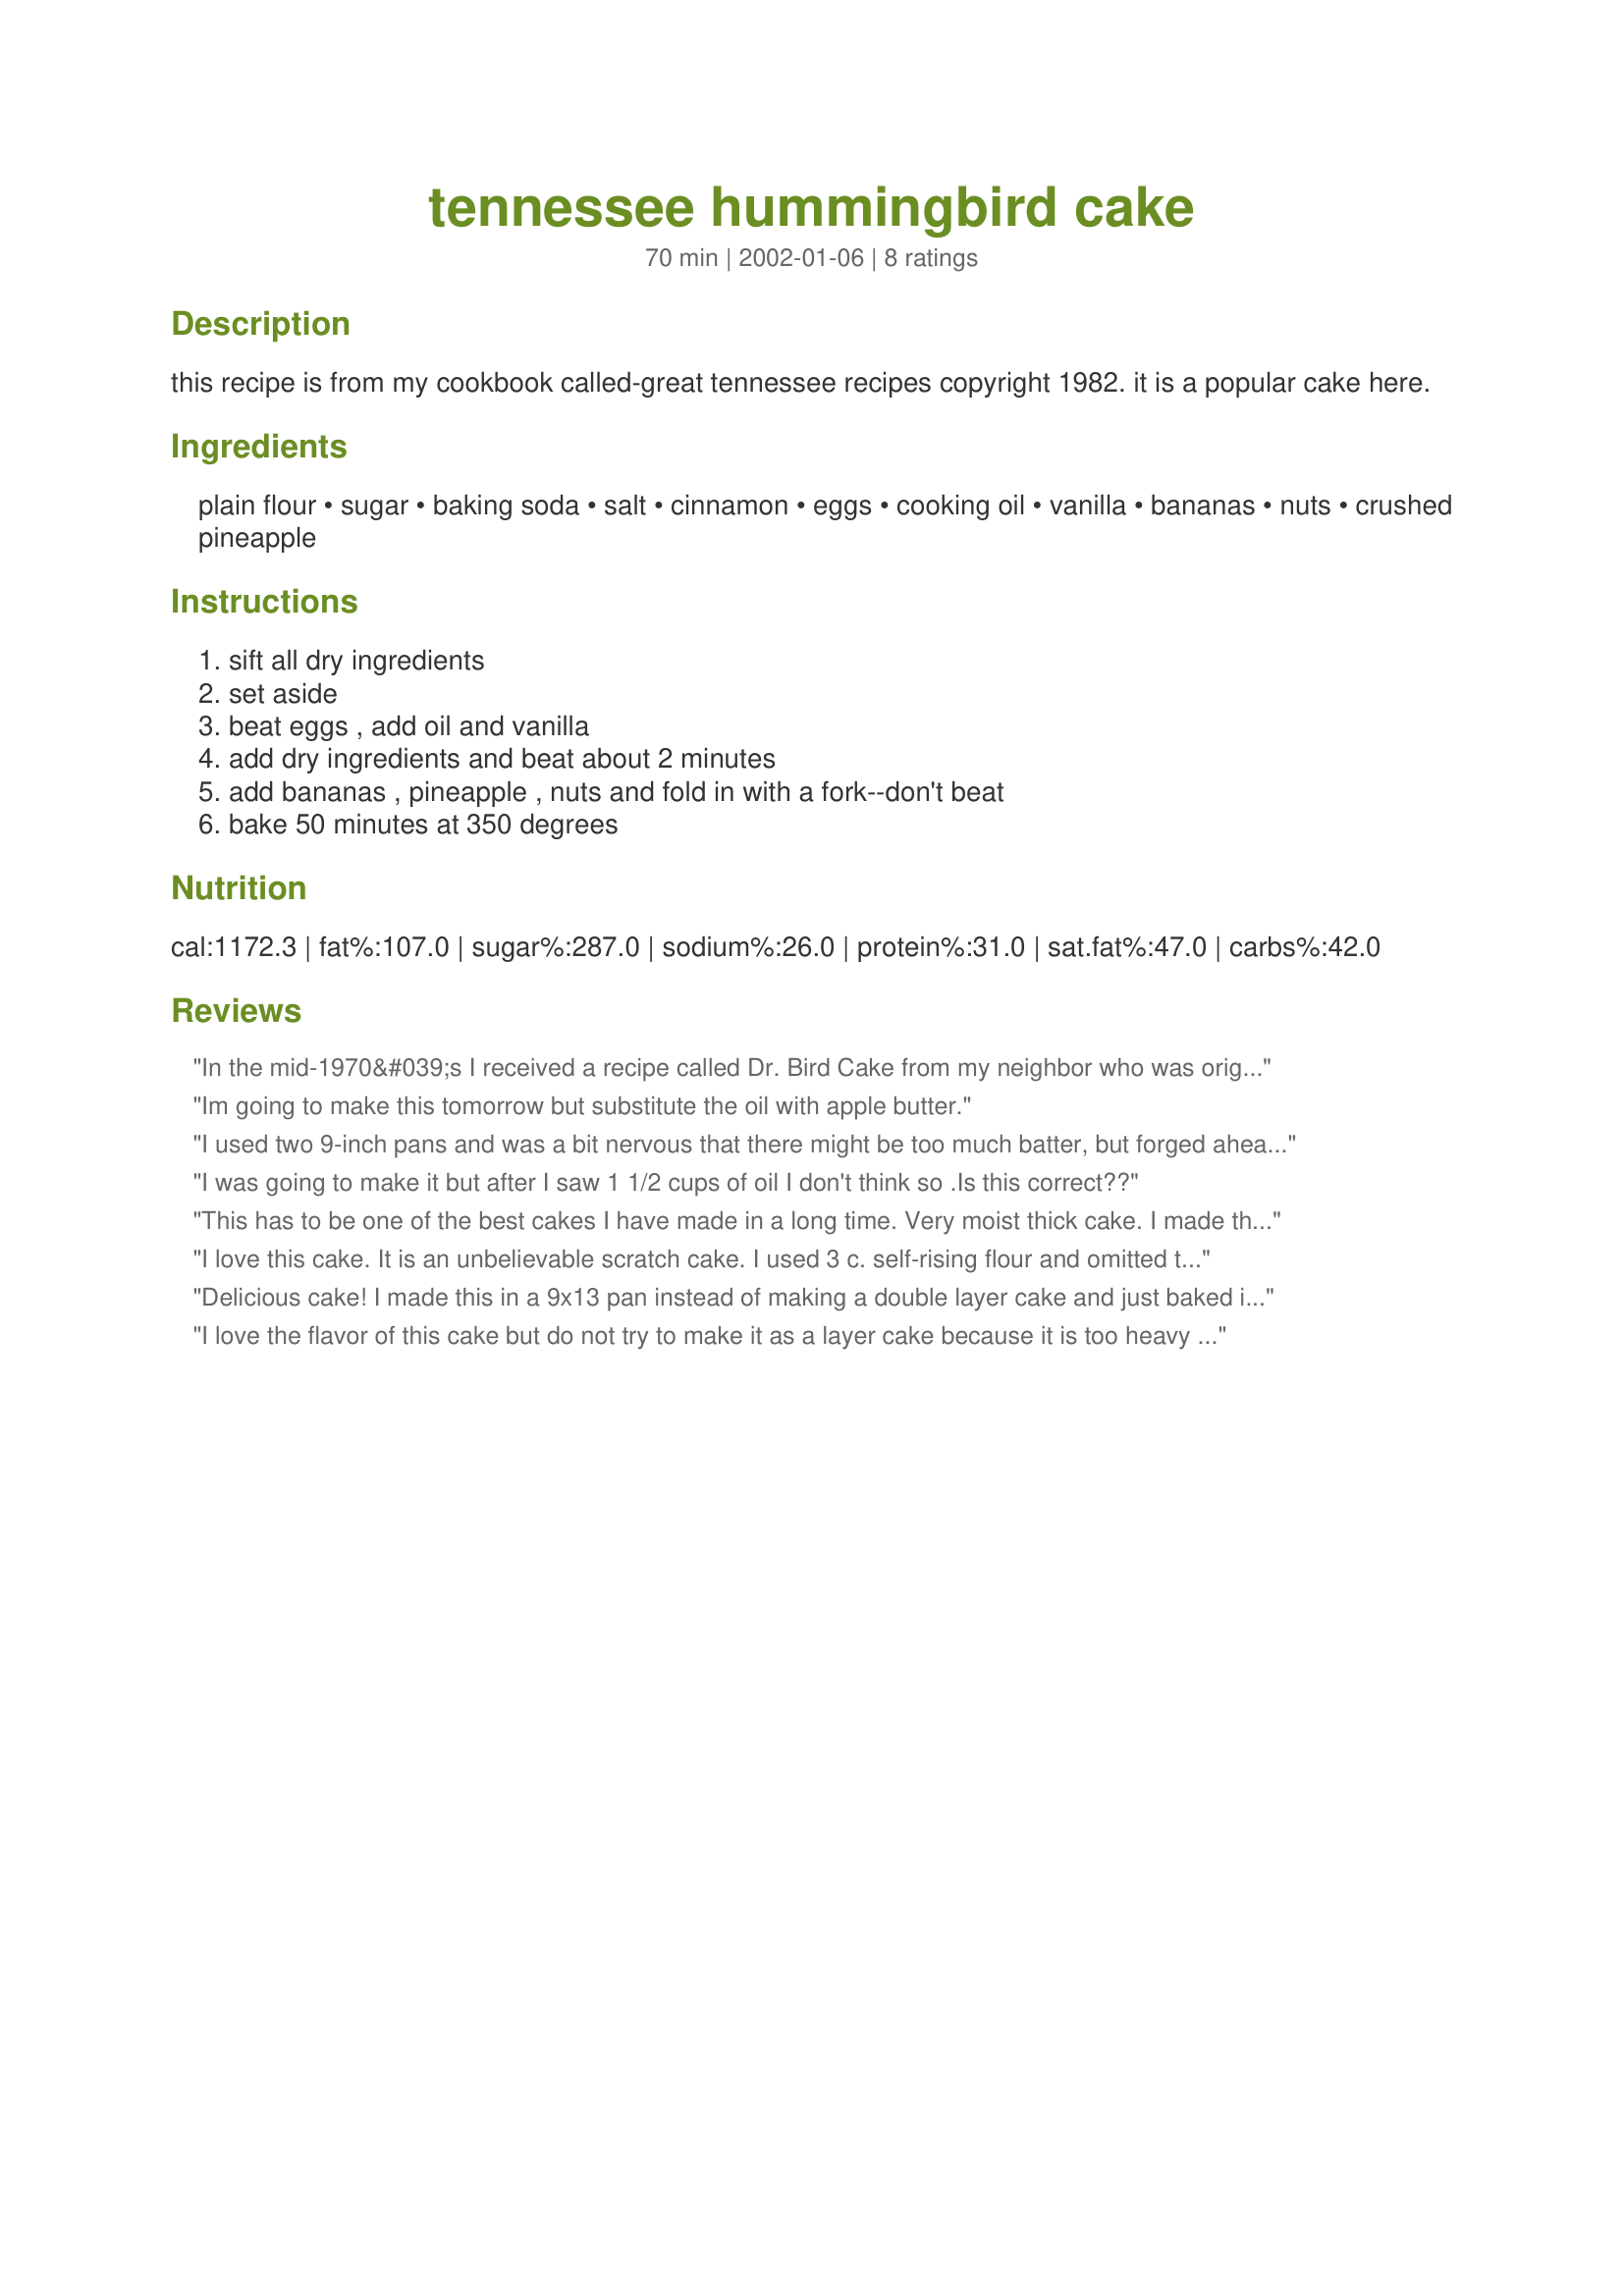
tennessee hummingbird cake
Preparation time: 70 minutes

this recipe is from my cookbook called-great tennessee recipes copyright 1982. it is a popular cake here.

Ingredients:
plain flour, sugar, baking soda, salt, cinnamon, eggs, cooking oil, vanilla, bananas, nuts, crushed pineapple

Steps:
sift all dry ingredients, set aside, beat eggs , add oil and vanilla, add dry ingredients and beat about 2 minutes, add bananas , pineapple , nuts and fold in with a fork--don't beat, bake 50 minutes at 350 degrees

Reviews:
In the mid-1970&#039;s I received a recipe called Dr. Bird Cake from my neighbor who was originally from Virginia. According to my neighbor Dr. Bird&#039;s hobby was cooking and creating new recipes to share. There is only one difference between the two recipes. Instead of using nuts the Dr. Bird Cake has 2 cups of chopped apples, the bananas &amp; pineapple are the same. Bundt cake recipes were hot during the 1970&#039;s and a bundt pan was used for the Dr. Bird Cake. Later I baked the Dr. Bird cake in a 9 X 13 pan sprinkling lightly sugar/cinnamon over the batter before baking. Never, never frost or glaze this cake because the flavor of the fruit is overwhelmed by frosting or a glaze. Think moist muffin for breakfast or a snack instead of a sweet, sweet dessert. The Dr. Bird cake remains my adult children&#039;s childhood favorite.
Im going to make this tomorrow but substitute the oil with apple butter.
I used two 9-inch pans and was a bit nervous that there might be too much batter, but forged ahead. When the cakes were done, I was rewarded with two perfect layers with flat tops. That made putting together the cake a dream. I used the recipe for Aunt Darlene's Cream Cheese Frosting Recipe #24842 and ended up with a dream cake. Nice flavor, VERY moist and delicious and the coconut in the frosting really set it off. We enjoyed it cold from the refrigerator.
I was going to make it but after I saw 1 1/2 cups of oil I don't think so .Is this correct??
This has to be one of the best cakes I have made in a long time. Very moist thick cake. I made this in a 9x13 in casserole pan because I wasn't sure how it would do in cake pans. Due to it being so thick and so much batter. Everyone here just loved this. I will be making it again and very soon. I iced it with recipe #24842 which I think made this cake. I tagged this in memory of Chef Monday!
I love this cake. It is an unbelievable scratch cake. I used 3 c. self-rising flour and omitted the baking soda. Also, not crazy about nuts so I substituted some coconut and it was scrumptious. I made Wilton's Buttercream frosting as I was out of cream cheese. This cake is superb.
Delicious cake! I made this in a 9x13 pan instead of making a double layer cake and just baked it a little longer. We didn't even frost this because it was so moist you could eat it as is. However, a Cream Cheese frosting would be really good with this. Will definitely make this again. Thanks Teresa!
I love the flavor of this cake but do not try to make it as a layer cake because it is too heavy and dense. The layers want to collapse. Other than that, the cake is so moist and tasty!
